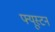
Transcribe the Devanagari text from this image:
फ्यूस्टन